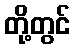
တို့တွင်